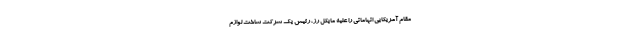
مقام آمریکایی اتهاماتی را علیه مایکل رز، رئیس یک شرکت ساخت لوازم